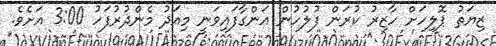
ޒިޔަތު ޕޮލިހަށް ހާޒިރު ކުރަން ފުލުހުން އަންގާފައިވަނީ މިއަދު މެންދުރުފަހު 3:00 އަށެވެ.